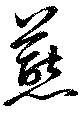
燕